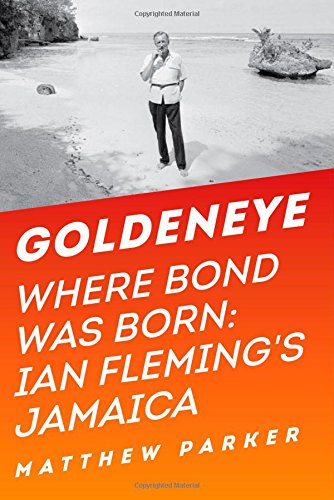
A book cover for Goldeneye: Where Bond Was Born: Ian Fleming's Jamaica; Matthew Parker; History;